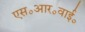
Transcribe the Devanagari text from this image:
एस॰आर॰वाई॰